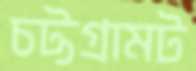
চট্টগ্রামট